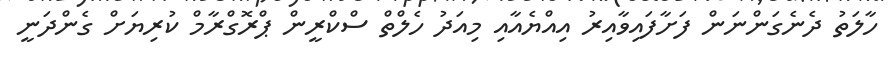
ހާލަތު ދެނެގަންނަން ފަށާފައިވާއިރު އިއްޔެއާއި މިއަދު ހެލްތް ސްކްރީން ޕްރޮގްރާމް ކުރިޔަށް ގެންދަނީ